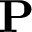
\mathbf { P }